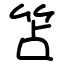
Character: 笘